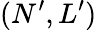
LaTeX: (N^{\prime},L^{\prime})